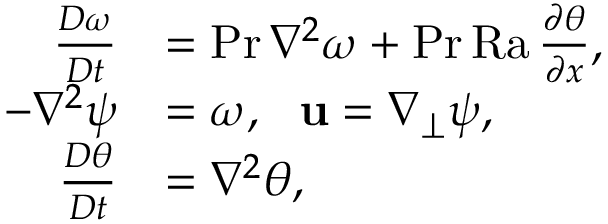
\begin{array} { r l } { \frac { D \omega } { D t } } & { = \mathrm { P r } \, \nabla ^ { 2 } \omega + \mathrm { P r } \, \mathrm { R a } \, \frac { \partial \theta } { \partial x } , } \\ { - \nabla ^ { 2 } \psi } & { = \omega , \ \ \mathbf { u } = \nabla _ { \perp } \psi , } \\ { \frac { D \theta } { D t } } & { = \nabla ^ { 2 } \theta , } \end{array}